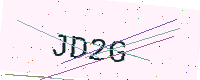
Text: JD2G